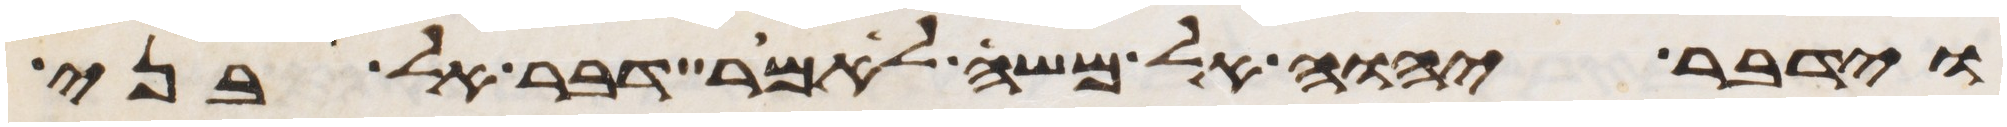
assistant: וידבר יהוה אל משה לאמר דבר אל בני